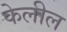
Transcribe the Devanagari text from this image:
केलील